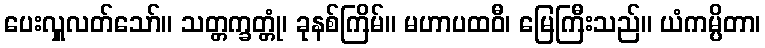
ပေးလှူလတ်သော်။ သတ္တက္ခတ္တုံ၊ ခုနစ်ကြိမ်။ မဟာပထဝီ၊ မြေကြီးသည်။ ယံကမ္ပိတာ၊